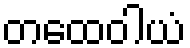
တထေဝါယံ